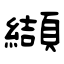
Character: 纈